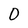
Character: 0